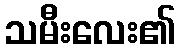
သမီးလေး၏